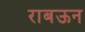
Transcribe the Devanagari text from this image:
राबऊन